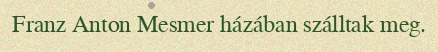
Franz Anton Mesmer házában szálltak meg.